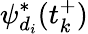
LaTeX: \psi_{d_{i}}^{*}(t_{k}^{+})